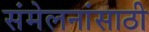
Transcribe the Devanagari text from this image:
संमेलनांसाठी